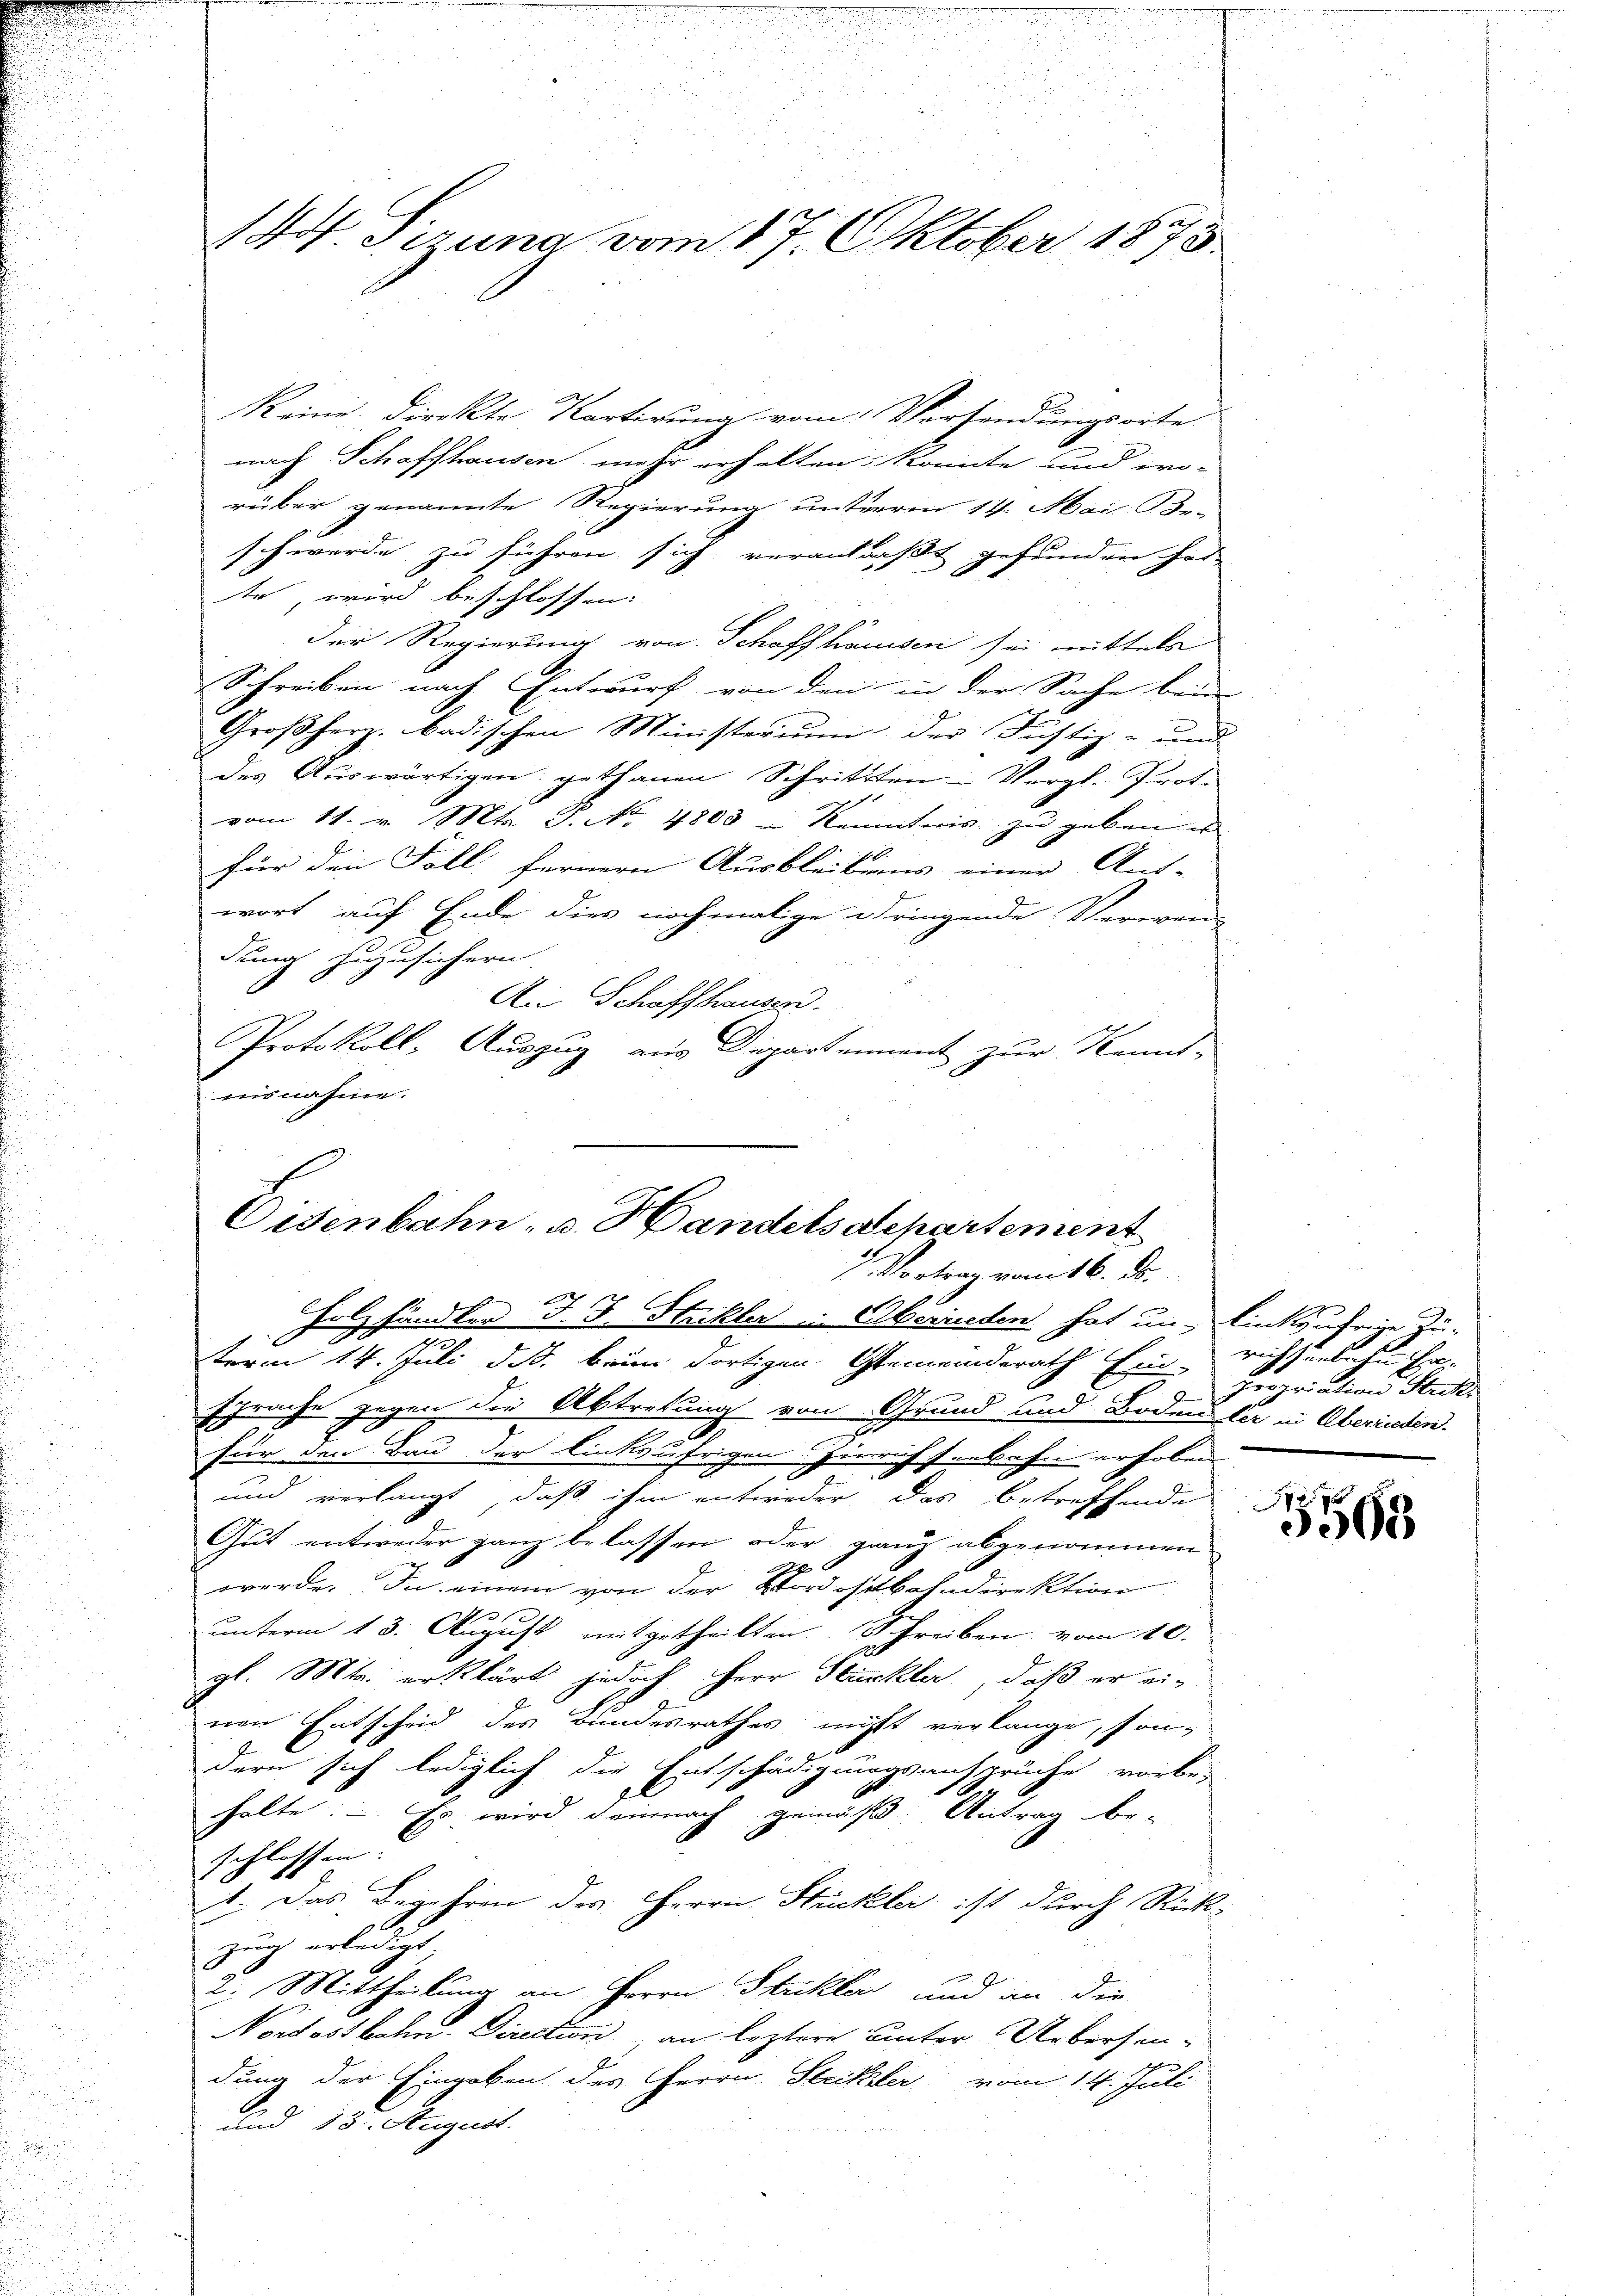
14. Sirung vom 17. Oktober 1875

keine dieckte Kartirung vom Verhindungsorte
nach Schaffhausen mehr erhalten konnte und wo-
rüber genannte Regierung unterm 14. Mai. Bei
schwerde zu führen sich veranlaßt gefunden hat
te, wird beschlossen:
Der Regierung von Schaffhausen sei mittela
Schreiben nach Entwurf von den in der Sache beim
Großherz. badischen Ministerium der Justiz- und
des Auswärtigen gethanen Schrittten Vergl. Prot.
vom 11. v. Mts. S. No 4800 - Kenntnis zu geben u
für den Fall fernern Ausbleibens einer Amt- |
wort auf Ende dies nochmalige dringende Verwen-
dung hinzusichern.
An Schaffhauser.
Protokoll, Auszug aus Departement zur Kennt-
ensnahme.

Oisenbahn- u. Handelsdepartement
2 Vortrag vom 16. ds.

t
Holzhändler J. J. Stackler u. Oberrieden hat un linksufrige Zu-
term 14. Juli d. Js. beim dortigen Gemeinderath Ein richseebahn Ersprache gegen die Abtretung von Grund und Boden der in Oberreden.
.
für den Bau der linksufrigen Zürichseebahn erhoben
und verlangt, daß ihm entweder das betreffende
Gut entweder ganz belassen oder ganz abgenommen
werde. In einem von der Nordostbahndirektion
e
unterm 13. August mitgetheilten Schreiben vom 10.
gl. Mts. erklärt jedoch Herr Stuckler, daß er ei-
nen Entscheid des Bundesrathes nicht verlange, sondern sich lediglich die Entschädigungsanspruche vorbe-
halte. – Es wird demnach gemäß Antrag be-
schlossen.
1. Das Begehren des Herrn Strickler ist durch Rück-
 x
zug erledigt. |
2. Mittheilung an Herrn Stuckler und an die
Nordostbahn-Direction an leztere unter Uebersen-
dung der Eingaben des Herrn Steckler vom 14. Juli
und 13. August.

propriation Steck
2

5593